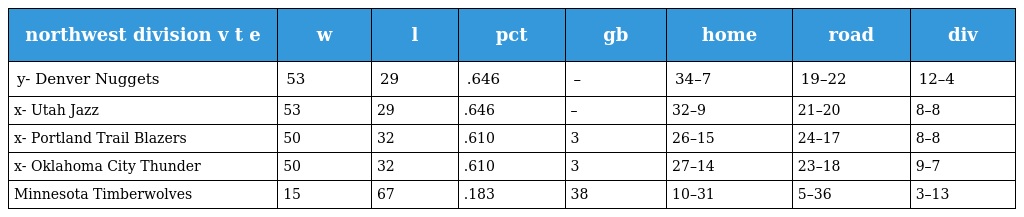
| northwest division v t e | w | l | pct | gb | home | road | div |
 | --- | --- | --- | --- | --- | --- | --- | --- |
 | y- Denver Nuggets | 53 | 29 | .646 | – | 34–7 | 19–22 | 12–4 |
 | x- Utah Jazz | 53 | 29 | .646 | – | 32–9 | 21–20 | 8–8 |
 | x- Portland Trail Blazers | 50 | 32 | .610 | 3 | 26–15 | 24–17 | 8–8 |
 | x- Oklahoma City Thunder | 50 | 32 | .610 | 3 | 27–14 | 23–18 | 9–7 |
 | Minnesota Timberwolves | 15 | 67 | .183 | 38 | 10–31 | 5–36 | 3–13 |